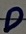
Text: D